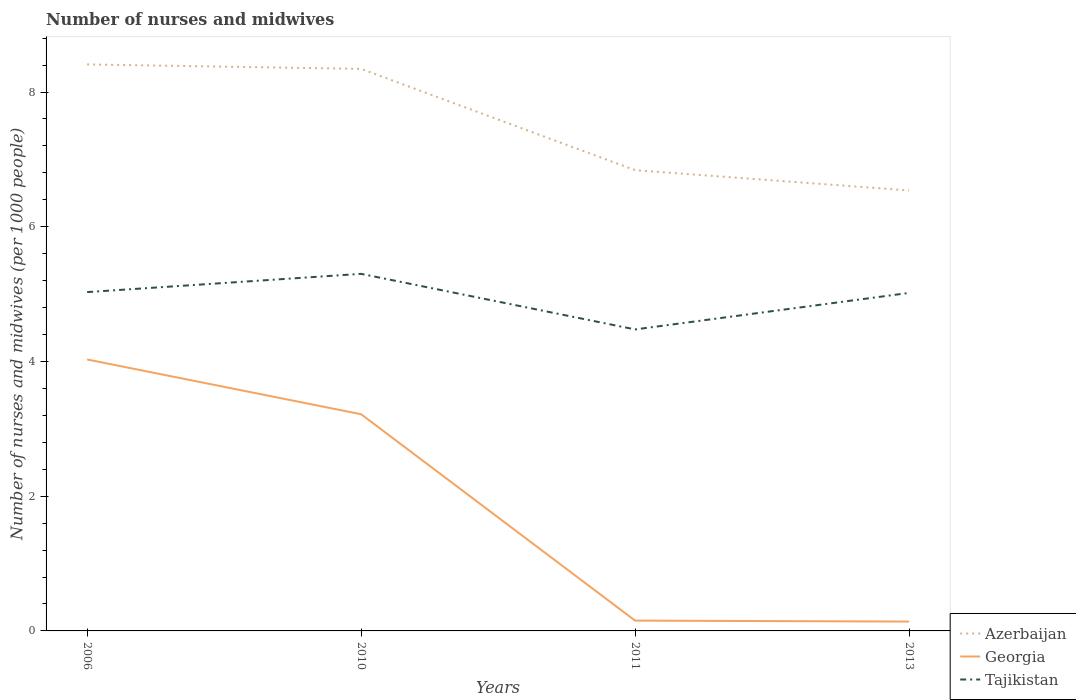
| Years | Azerbaijan | Georgia | Tajikistan |
 | --- | --- | --- | --- |
 | 2006 | 8.41 | 4.03 | 5.03 |
 | 2010 | 8.34 | 3.22 | 5.3 |
 | 2011 | 6.84 | 0.153 | 4.48 |
 | 2013 | 6.54 | 0.139 | 5.02 |